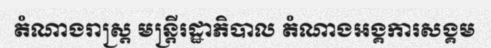
តំណាងរាស្ត្រ មន្ត្រីរដ្ឋាភិបាល តំណាងអង្គការសង្គម